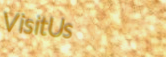
VisitUs